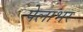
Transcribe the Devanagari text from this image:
पेलाभर